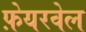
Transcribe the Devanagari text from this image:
फ़ेयरवेल